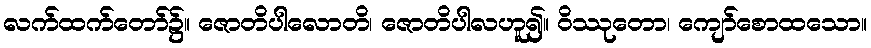
လက်ထက်တော်၌။ ဇောတိပါလောတိ၊ ဇောတိပါလဟူ၍။ ဝိဿုတော၊ ကျော်စောထသော။